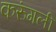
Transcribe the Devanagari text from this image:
करुंगली